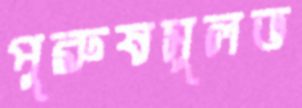
পুরুষসুলভ